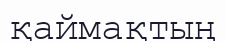
қаймақтың